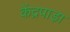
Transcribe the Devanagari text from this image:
केंद्रपाड़ा